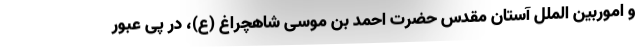
و اموربین الملل آستان مقدس حضرت احمد بن موسی شاهچراغ (ع)، در پی عبور